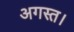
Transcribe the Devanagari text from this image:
अगस्त।